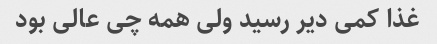
غذا کمی دیر رسید ولی همه چی عالی بود